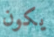
يكون